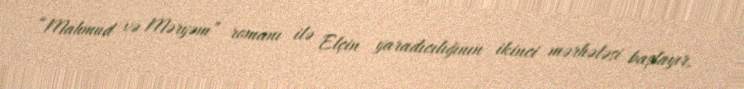
“Mahmud və Məryəm” romanı ilə Elçin yaradıcılığının ikinci mərhələsi başlayır,